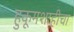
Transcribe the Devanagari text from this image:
हुकूमशाहीचा